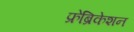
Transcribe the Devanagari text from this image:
फ्रेब्रिकेशन